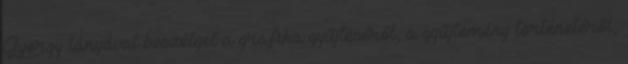
György lányával beszélget a grafika gyűjtéséről, a gyűjtemény történetéről,